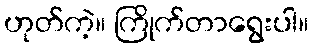
ဟုတ်ကဲ့။ ကြိုက်တာရွေးပါ။